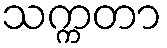
သက္ကတာ